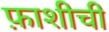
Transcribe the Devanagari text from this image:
फ़ाशीची